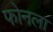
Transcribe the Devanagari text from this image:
फोनला